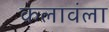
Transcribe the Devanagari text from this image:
कलावंला